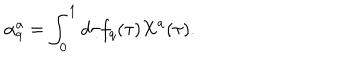
\alpha _ { q } ^ { a } = \int _ { 0 } ^ { 1 } d \tau f _ { q } ( \tau ) X ^ { a } ( \tau ) .